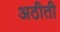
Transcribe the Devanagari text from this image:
अठीती